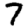
Digit: 7